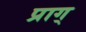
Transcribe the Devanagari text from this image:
प्राग्‌